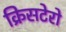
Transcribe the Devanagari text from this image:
क्रिसटेरो